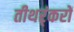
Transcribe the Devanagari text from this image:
तीथर्ंकरों